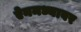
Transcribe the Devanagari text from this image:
ऐनमध्यावर